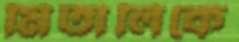
মিতালিকে